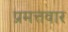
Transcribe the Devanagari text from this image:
प्रमत्तवार